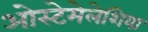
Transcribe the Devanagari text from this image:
ओस्टेमेलेशिया